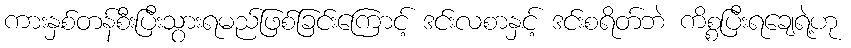
ကားနှစ်တန်စီးပြီးသွားရမည်ဖြစ်ခြင်းကြောင့် ဒင်းလစာနှင့် ဒင်းစရိတ်ဘဲ ကိစ္စပြီးရချေရဲ့ဟု